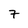
Character: 7